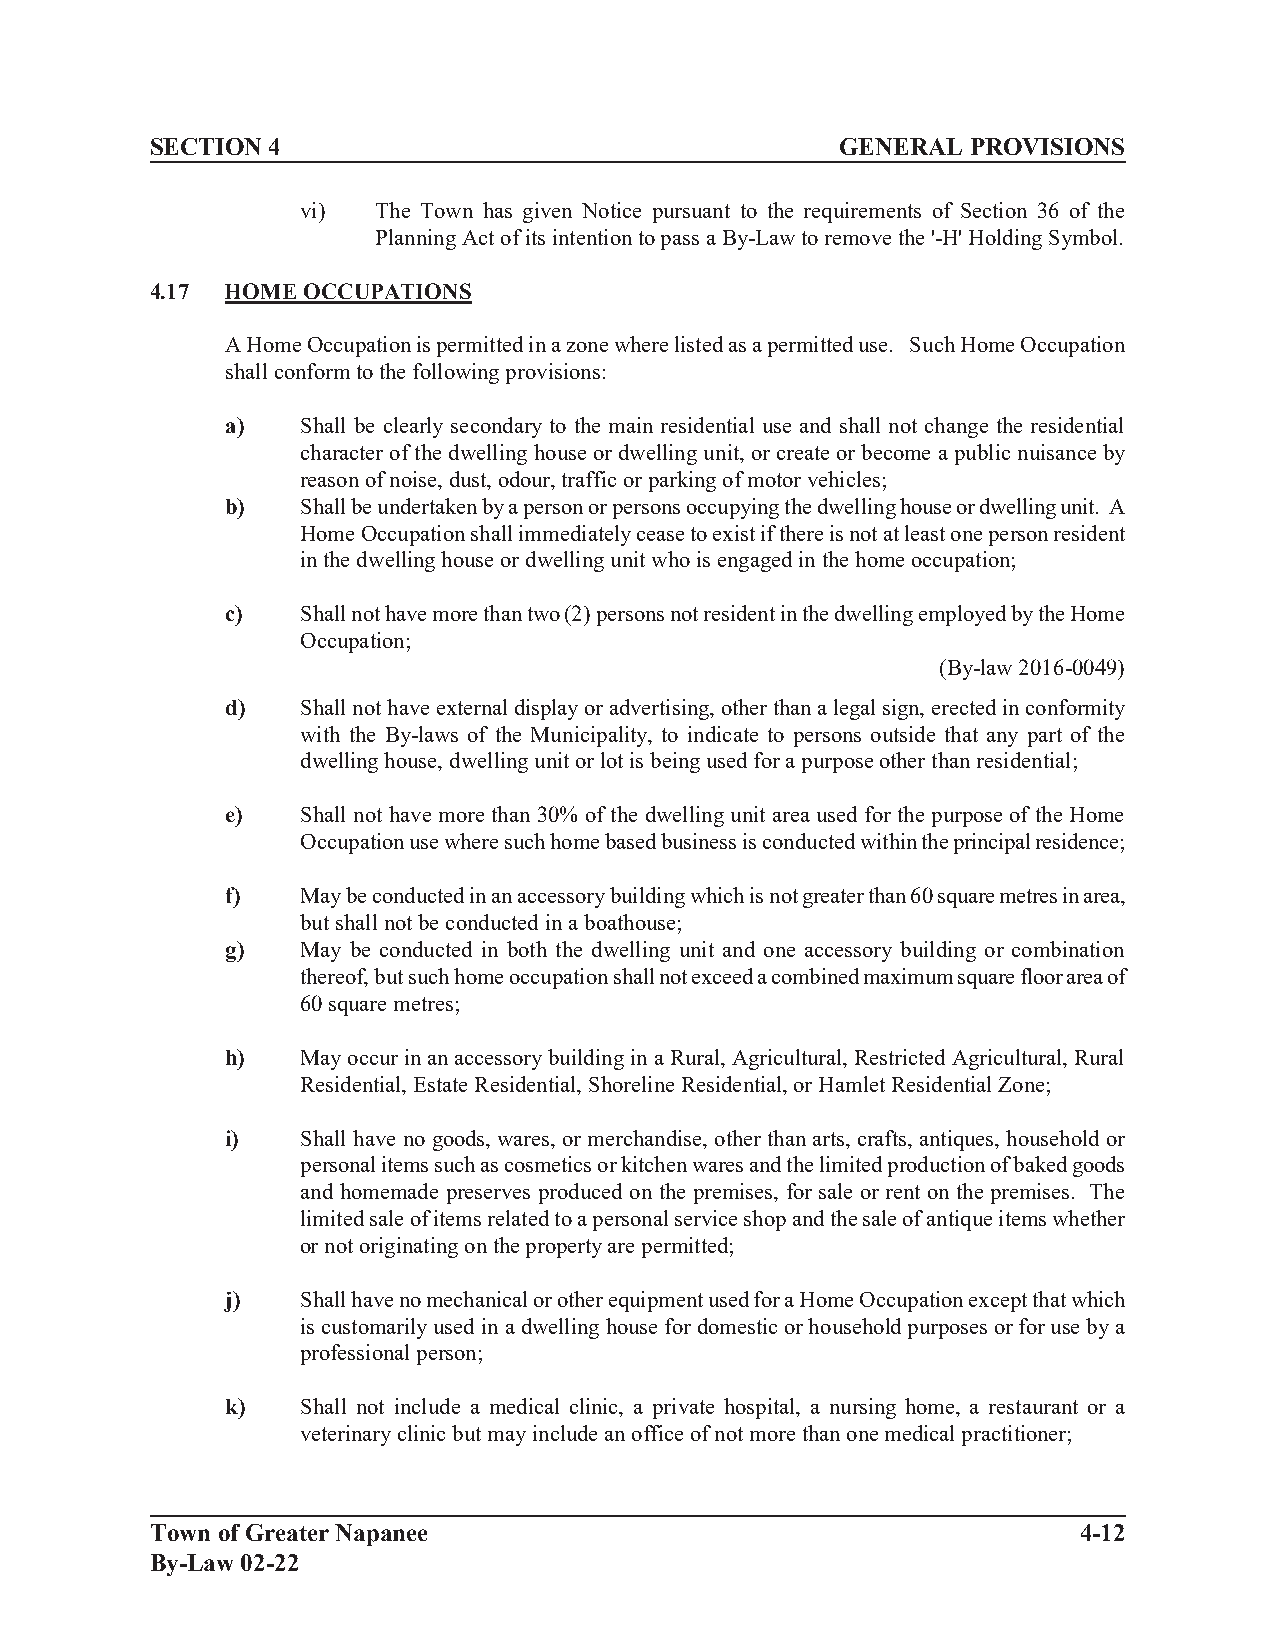
SECTION 4                                     GENERAL PROVISIONS
 vi)  The Town has given Notice pursuant to the requirements of Section 36 of the
 Planning Act of its intention to pass a By-Law to remove the '-H' Holding Symbol.
 4.17 HOME OCCUPATIONS
 A Home Occupation is permitted in a zone where listed as a permitted use. Such Home Occupation
 shall conform to the following provisions:
 a)   Shall be clearly secondary to the main residential use and shall not change the residential
 character of the dwelling house or dwelling unit, or create or become a public nuisance by
 reason of noise, dust, odour, traffic or parking of motor vehicles;
 b)   Shall be undertaken by a person or persons occupying the dwelling house or dwelling unit. A
 Home Occupation shall immediately cease to exist if there is not at least one person resident
 in the dwelling house or dwelling unit who is engaged in the home occupation;
 c)   Shall not have more than two (2) persons not resident in the dwelling employed by the Home
 Occupation;
 (By-law 2016-0049)
 d)   Shall not have external display or advertising, other than a legal sign, erected in conformity
 with the By-laws of the Municipality, to indicate to persons outside that any part of the
 dwelling house, dwelling unit or lot is being used for a purpose other than residential;
 e)   Shall not have more than 30% of the dwelling unit area used for the purpose of the Home
 Occupation use where such home based business is conducted within the principal residence;
 f)   May be conducted in an accessory building which is not greater than 60 square metres in area,
 but shall not be conducted in a boathouse;
 g)   May be conducted in both the dwelling unit and one accessory building or combination
 thereof, but such home occupation shall not exceed a combined maximum square floor area of
 60 square metres;
 h)   May occur in an accessory building in a Rural, Agricultural, Restricted Agricultural, Rural
 Residential, Estate Residential, Shoreline Residential, or Hamlet Residential Zone;
 i)   Shall have no goods, wares, or merchandise, other than arts, crafts, antiques, household or
 personal items such as cosmetics or kitchen wares and the limited production of baked goods
 and homemade preserves produced on the premises, for sale or rent on the premises. The
 limited sale of items related to a personal service shop and the sale of antique items whether
 or not originating on the property are permitted;
 j)   Shall have no mechanical or other equipment used for a Home Occupation except that which
 is customarily used in a dwelling house for domestic or household purposes or for use by a
 professional person;
 k)   Shall not include a medical clinic, a private hospital, a nursing home, a restaurant or a
 veterinary clinic but may include an office of not more than one medical practitioner;
 Town of Greater Napanee                                      4-12
 By-Law 02-22